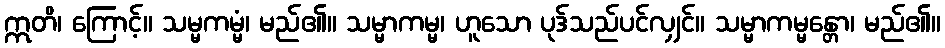
ဣတိ၊ ကြောင့်။ သမ္မကမ္မံ၊ မည်၏။ သမ္မာကမ္မ၊ ဟူသော ပုဒ်သည်ပင်လျှင်။ သမ္မာကမ္မန္တော၊ မည်၏။